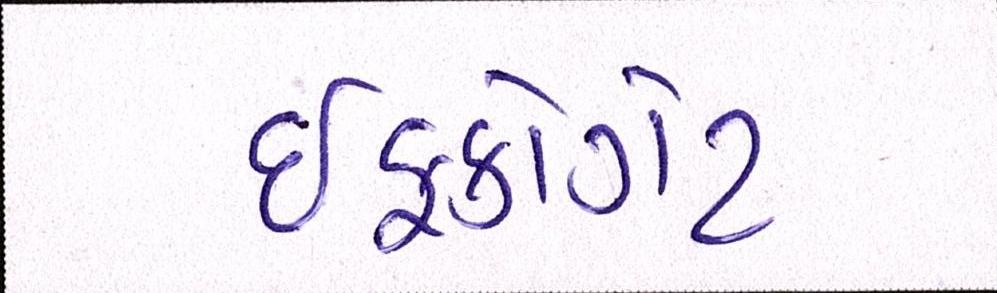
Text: ઈફકોગેટ